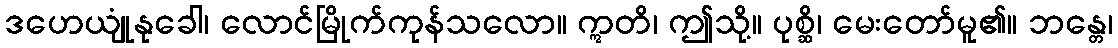
ဒဟေယျုံနုခေါ၊ လောင်မြိုက်ကုန်သလော။ ဣတိ၊ ဤသို့။ ပုစ္ဆိ၊ မေးတော်မူ၏။ ဘန္တေ၊